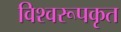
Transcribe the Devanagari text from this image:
विश्वरूपकृत